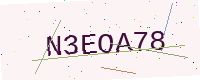
Text: N3EOA78